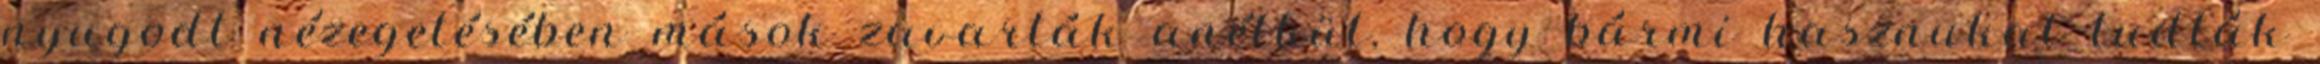
nyugodt nézegetésében mások zavarták anélkül, hogy bármi hasznukat tudták